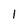
Character: 1